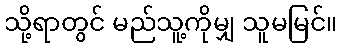
သို့ရာတွင် မည်သူ့ကိုမျှ သူမမြင်။